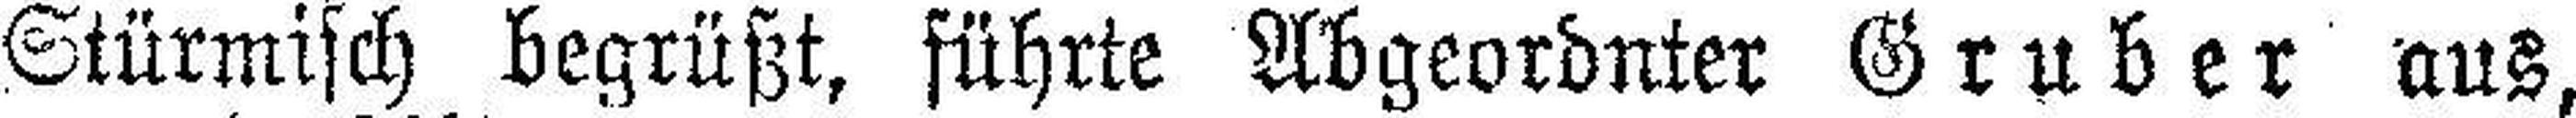
Stürmisch begrüßt, führte Abgeordnter Gruber aus,